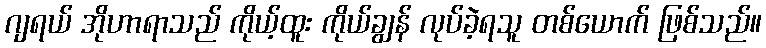
ဂျရယ် အိုဟာရာသည် ကိုယ့်ထူး ကိုယ်ချွန် လုပ်ခဲ့ရသူ တစ်ယောက် ဖြစ်သည်။